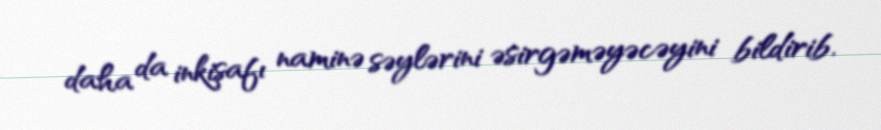
daha da inkişafı naminə səylərini əsirgəməyəcəyini bildirib.